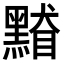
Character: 𪑥